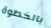
بالخطوة